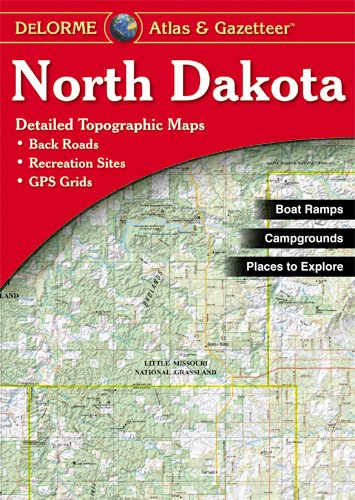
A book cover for North Dakota Atlas & Gazetteer; De Lorme Mapping Company; Travel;